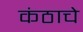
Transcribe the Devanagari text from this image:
कंठाचे